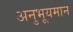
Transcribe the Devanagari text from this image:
अनुभूयमान